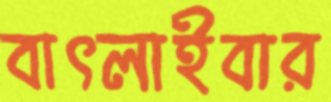
বাৎলাইবার